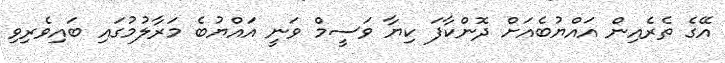
އޭގެ ތެރެއިން އައްޔުބެއަށް ދޮންކާފަ ކިޔާ ވަސީމް ވަނީ އައްޔުބެ މަރާލުމުގައި ބައިވެރިވި